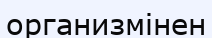
организмінен